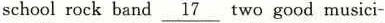
schoolrock band\underline{17}two good musici-